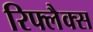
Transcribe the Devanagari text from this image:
रिफ्लैक्स